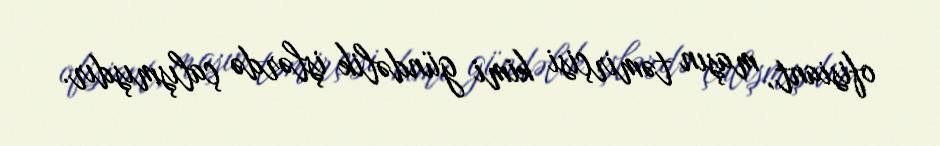
ofisiant, maşın təmirçisi kimi gündəlik işlərdə çalışmışdır.